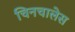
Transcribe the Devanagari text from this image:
चिनचालेस